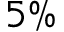
5 \%